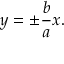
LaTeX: y = \pm { \frac { b } { a } } x .